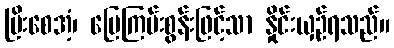
ပြိးစေအံ့၊ မြေကြမ်းစွန်းဖြင့်သာ နှိုင်းယှဉ်ရသည်။